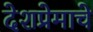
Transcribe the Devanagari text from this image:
देशप्रेमाचे